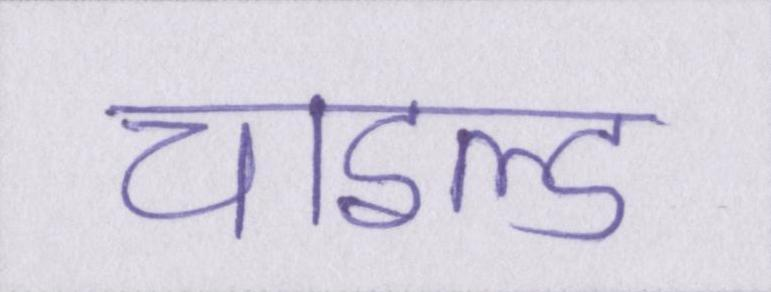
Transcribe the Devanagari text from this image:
चाइल्ड